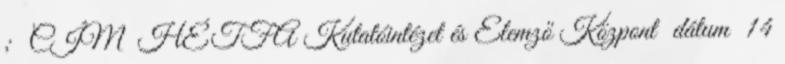
; CÍM HÉTFA Kutatóintézet és Elemző Központ dátum 14